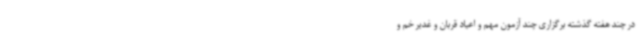
در چند هفته گذشته برگزاری چند آزمون مهم و اعیاد قربان و غدیر خم و